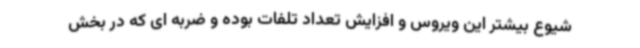
شیوع بیشتر این ویروس و افزایش تعداد تلفات بوده و ضربه ای که در بخش